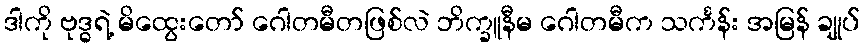
ဒါကို ဗုဒ္ဓရဲ့ မိထွေးတော် ဂေါတမီတဖြစ်လဲ ဘိက္ခူနီမ ဂေါတမီက သင်္ကန်း အမြန် ချုပ်